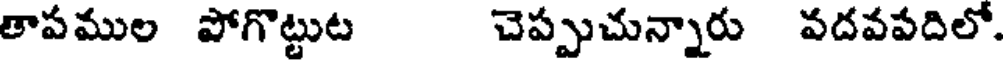
తాపముల పోగొట్టుట చెప్పుచున్నారు వదవపదిలో.